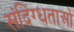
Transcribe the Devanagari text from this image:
संदिग्धताओं